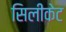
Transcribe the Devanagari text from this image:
सिलीकेट